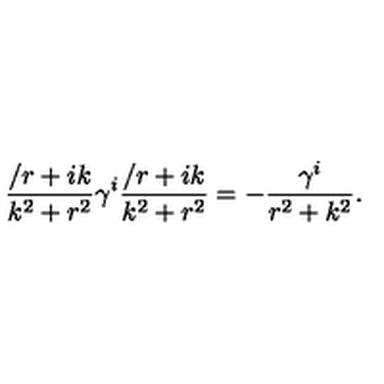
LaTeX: { \frac { \slash { r } + i k } { k ^ { 2 } + r ^ { 2 } } } \gamma ^ { i } { \frac { \slash { r } + i k } { k ^ { 2 } + r ^ { 2 } } } = - { \frac { \gamma ^ { i } } { r ^ { 2 } + k ^ { 2 } } } .